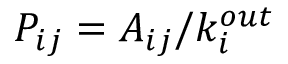
P _ { i j } = A _ { i j } / k _ { i } ^ { o u t }